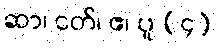
ဆာ၊ ငတ်၊ ဧ၊ ပူ (၄)